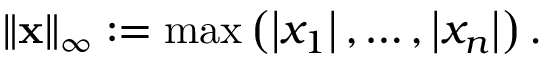
\left\| \mathbf { x } \right\| _ { \infty } : = \operatorname* { m a x } \left( \left| x _ { 1 } \right| , \ldots , \left| x _ { n } \right| \right) .